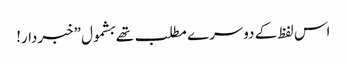
اس لفظ کے دوسرے مطلب تھے بشمول ”خبردار!